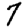
Digit: 7